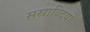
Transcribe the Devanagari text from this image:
सस्राब्दियों